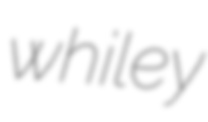
whiley